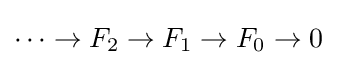
\cdots \to F_{2}\to F_{1}\to F_{0}\to 0